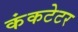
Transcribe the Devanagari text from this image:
कंकटेटर